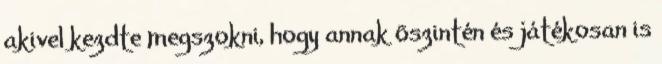
akivel kezdte megszokni, hogy annak õszintén és játékosan is